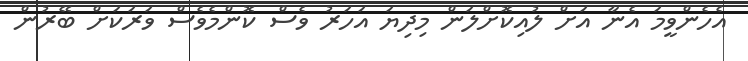
އެހެންވީމަ އެނާ އަށް ލުއިކޮށްލަން މިދިޔަ އަހަރު ވެސް ކޮންމެވެސް ވަރަކަށް ބޭރުން